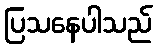
ပြသနေပါသည်